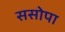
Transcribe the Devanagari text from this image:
ससोपा